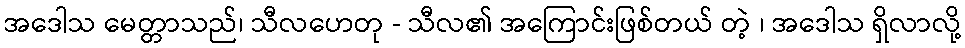
အဒေါသ မေတ္တာသည်၊ သီလဟေတု - သီလ၏ အကြောင်းဖြစ်တယ် တဲ့ ၊ အဒေါသ ရှိလာလို့